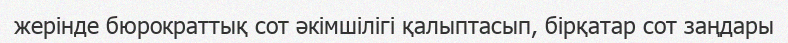
жерінде бюрократтық сот әкімшілігі қалыптасып, бірқатар сот заңдары